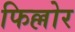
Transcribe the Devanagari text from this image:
फिल्लोर